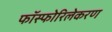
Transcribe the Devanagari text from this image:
फॉस्फोरिलेकरण